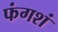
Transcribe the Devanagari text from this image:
फंगशं